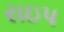
રાઇપ